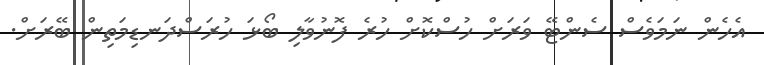
އެހެން ނަމަވެސް ސެންޓޭ ވަރަށް ހުސްކޮށް ހުރެ ފޮނުވާލި ބޯޅަ ހުރަސްދަނޑިމަތިން ބޭރަށް.